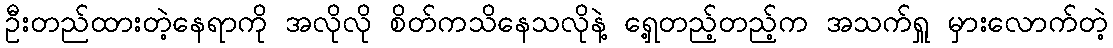
ဦးတည်ထားတဲ့နေရာကို အလိုလို စိတ်ကသိနေသလိုနဲ့ ရှေ့တည့်တည့်က အသက်ရှူ မှားလောက်တဲ့